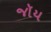
જૉય